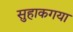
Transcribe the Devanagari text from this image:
सुहाकगया